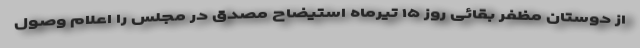
از دوستان مظفر بقائی روز ۱۵ تیرماه استیضاح مصدق در مجلس را اعلام وصول